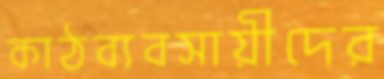
কাঠব্যবসায়ীদের